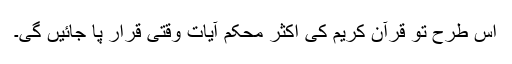
اس طرح تو قرآن کریم کی اکثر محکم آیات وقتی قرار پا جائیں گی۔